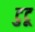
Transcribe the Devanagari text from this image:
टुटू